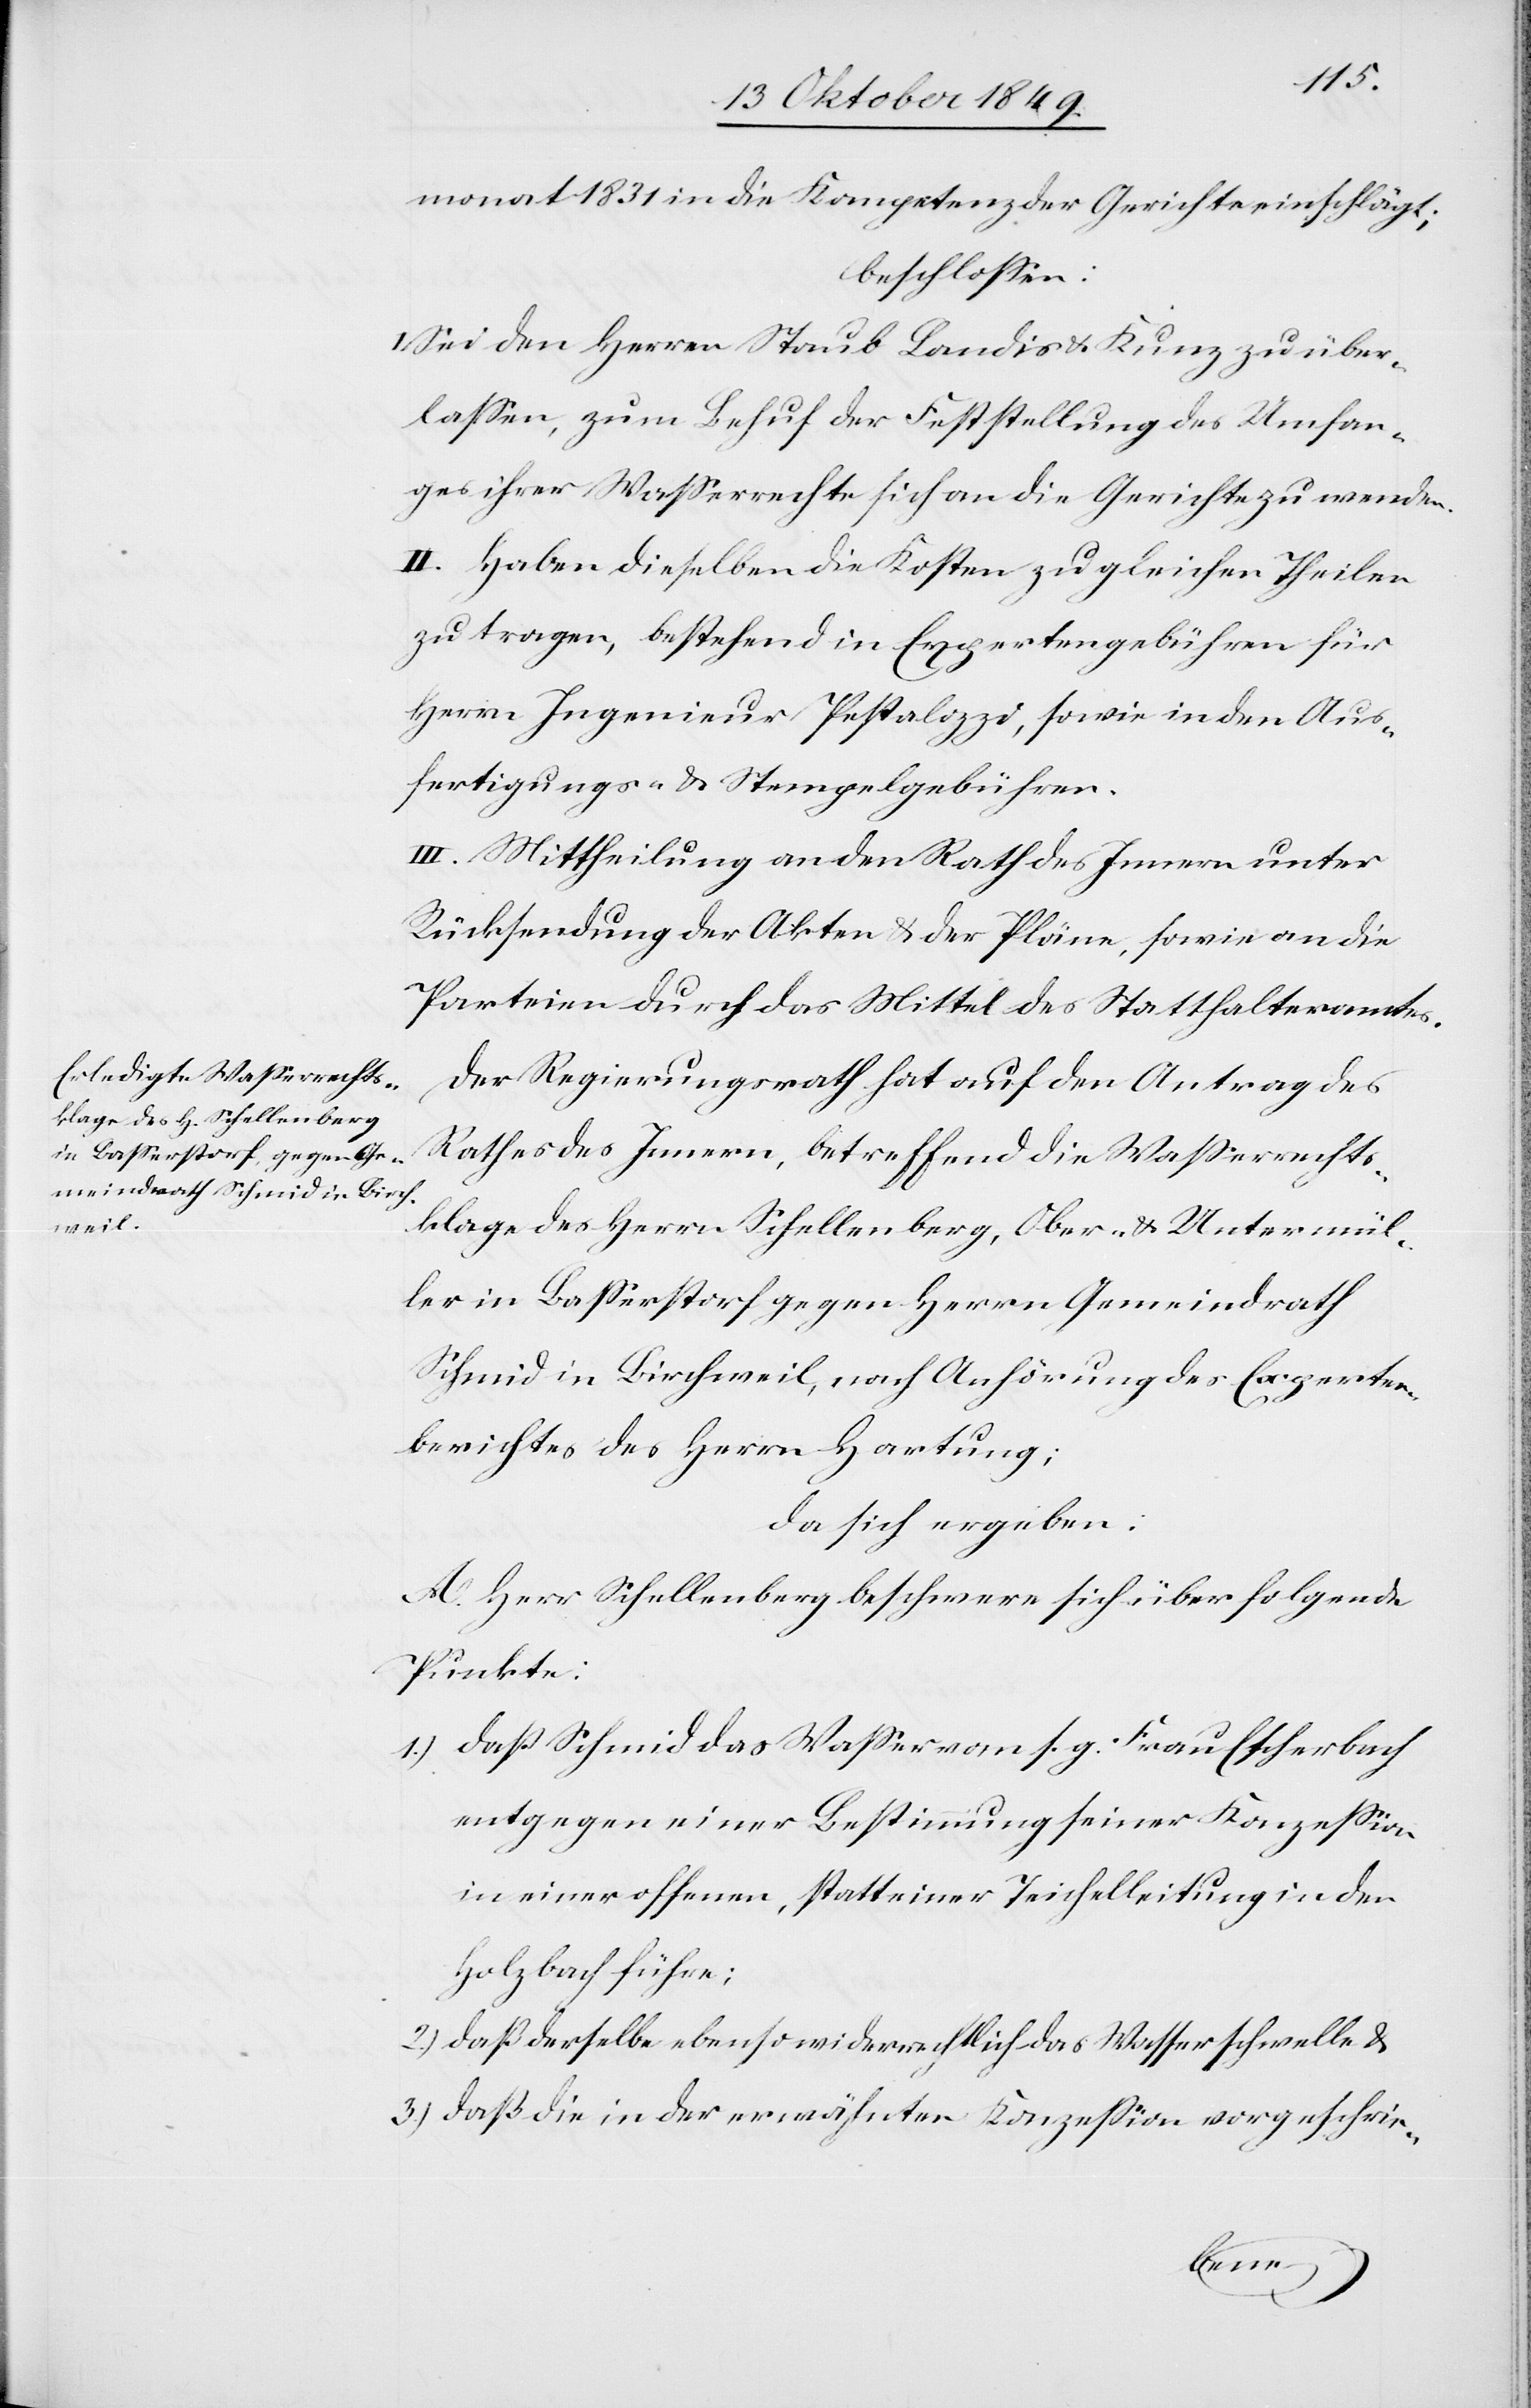
monat 1831 in die Kompetenz der Gerichte einschlägt;
beschloßen:
I. Sei den Herrn Staub Landis u. Kunz zu über¬
laßen, zum Behuf der Feststellung des Umfan¬
ges ihrer Waßerrechte sich an die Gerichte zu wenden.
II. Haben dieselben die Kosten zu gleichen Theilen
zu tragen, bestehend in Expertengebühren für
Herrn Ingenieur Pestalozzi, sowie in Aus¬
fertigungs- u. Stempelgebühren.
III. Mittheilung an den Rath des Innern unter
Rücksendung der Akten u. Pläne, sowie an die
Parteien durch das Mittel des Statthalteramtes.
Der Regierungsrath hat auf den Antrag des
Rathes des Innern, betreffend die Waßerrechts¬
klage des Herrn Schellenberg, Ober- u. Untermül¬
ler in Baßerstorf gegen Herrn Gemeindrath
Schmid in Birchweil, nach Anhörung des Experten¬
berichtes des Herrn Hartung;
da sich ergeben:
A. Herr Schellenberg beschwere sich über folgende
Punkte:
1.) daß Schmid das Waßer von s. g. Frau Escherbach
entgegen einer Bestimmung seiner Konzeßion
in einer offenen, statt einer Teichelleitung in den
Holzbach führe;
2.) daß derselbe ebenso widerrechtlich das Wasser schwelle u.
3.) daß die in der erwähnten Konzeßion vorgeschrie-